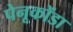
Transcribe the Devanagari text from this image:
पेनूकोंडा